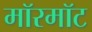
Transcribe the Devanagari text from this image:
मॉरमॉट